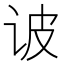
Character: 诐